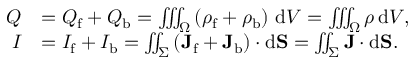
{ \begin{array} { r l } { Q } & { = Q _ { \mathrm { f } } + Q _ { \mathrm { b } } = \iiint _ { \Omega } \left( \rho _ { \mathrm { f } } + \rho _ { \mathrm { b } } \right) \, \mathrm { d } V = \iiint _ { \Omega } \rho \, \mathrm { d } V , } \\ { I } & { = I _ { \mathrm { f } } + I _ { \mathrm { b } } = \iint _ { \Sigma } \left( \mathbf { J } _ { \mathrm { f } } + \mathbf { J } _ { \mathrm { b } } \right) \cdot \mathrm { d } \mathbf { S } = \iint _ { \Sigma } \mathbf { J } \cdot \mathrm { d } \mathbf { S } . } \end{array} }